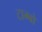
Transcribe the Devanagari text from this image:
टाम्‍बो